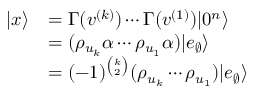
\begin{array} { r l } { | x \rangle } & { = \Gamma ( v ^ { ( k ) } ) \cdots \Gamma ( v ^ { ( 1 ) } ) | 0 ^ { n } \rangle } \\ & { = ( \rho _ { u _ { k } } \alpha \cdots \rho _ { u _ { 1 } } \alpha ) | e _ { \varnothing } \rangle } \\ & { = ( - 1 ) ^ { \binom { k } { 2 } } ( \rho _ { u _ { k } } \cdots \rho _ { u _ { 1 } } ) | e _ { \varnothing } \rangle } \end{array}